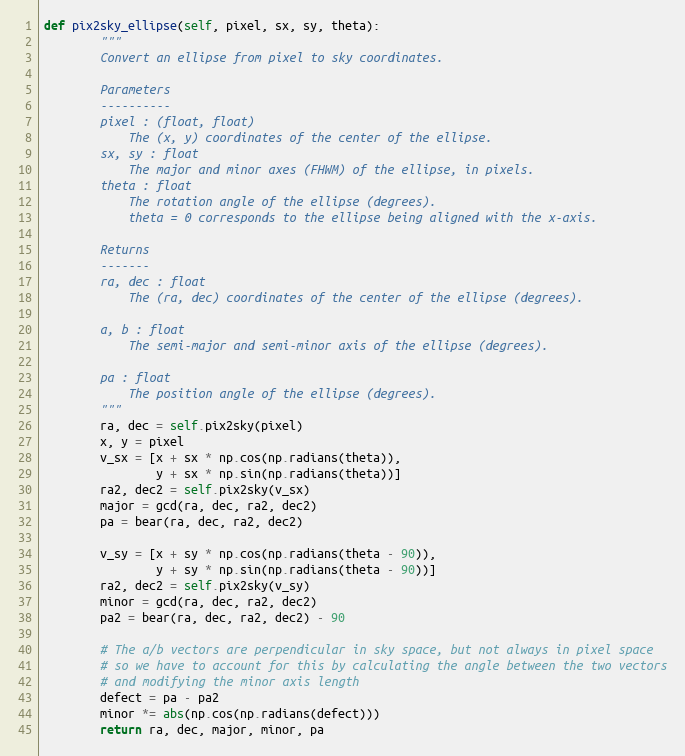
Language: Python
def pix2sky_ellipse(self, pixel, sx, sy, theta):
        """
        Convert an ellipse from pixel to sky coordinates.

        Parameters
        ----------
        pixel : (float, float)
            The (x, y) coordinates of the center of the ellipse.
        sx, sy : float
            The major and minor axes (FHWM) of the ellipse, in pixels.
        theta : float
            The rotation angle of the ellipse (degrees).
            theta = 0 corresponds to the ellipse being aligned with the x-axis.

        Returns
        -------
        ra, dec : float
            The (ra, dec) coordinates of the center of the ellipse (degrees).

        a, b : float
            The semi-major and semi-minor axis of the ellipse (degrees).

        pa : float
            The position angle of the ellipse (degrees).
        """
        ra, dec = self.pix2sky(pixel)
        x, y = pixel
        v_sx = [x + sx * np.cos(np.radians(theta)),
                y + sx * np.sin(np.radians(theta))]
        ra2, dec2 = self.pix2sky(v_sx)
        major = gcd(ra, dec, ra2, dec2)
        pa = bear(ra, dec, ra2, dec2)

        v_sy = [x + sy * np.cos(np.radians(theta - 90)),
                y + sy * np.sin(np.radians(theta - 90))]
        ra2, dec2 = self.pix2sky(v_sy)
        minor = gcd(ra, dec, ra2, dec2)
        pa2 = bear(ra, dec, ra2, dec2) - 90

        # The a/b vectors are perpendicular in sky space, but not always in pixel space
        # so we have to account for this by calculating the angle between the two vectors
        # and modifying the minor axis length
        defect = pa - pa2
        minor *= abs(np.cos(np.radians(defect)))
        return ra, dec, major, minor, pa